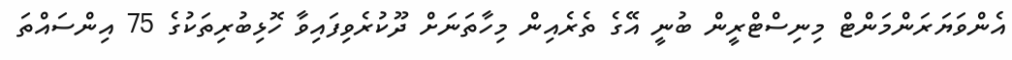
އެންވަޔަރަންމަންޓް މިނިސްޓްރީން ބުނީ އޭގެ ތެރެއިން މިހާތަނަށް ދޫކުރެވިފައިވާ ހޮޅިބުރިތަކުގެ 75 އިންސައްތަ